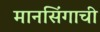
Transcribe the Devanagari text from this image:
मानसिंगाची